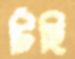
চিঁহি